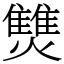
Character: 㸈